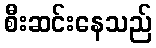
စီးဆင်းနေသည်